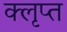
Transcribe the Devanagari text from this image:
क्लृप्त